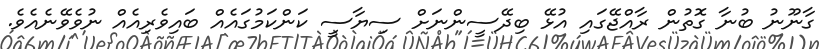
ގާނޫނު ބުނާ ގޮތުން ރާއްޖޭގައި އުޅޭ ބިދޭސީންނަށް ސިޔާސީ ކަންކަމުގައެއް ބައިވެރިއެއް ނުވެވޭނެއެވެ.